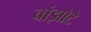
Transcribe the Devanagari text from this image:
वांझोटे